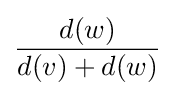
{\frac {d(w)}{d(v)+d(w)}}